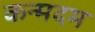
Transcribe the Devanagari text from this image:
कन्मदम